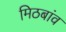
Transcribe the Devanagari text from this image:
मिठबांव